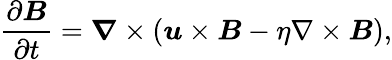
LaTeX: \frac{\partial\boldsymbol{B}}{\partial t}=\boldsymbol{\nabla}\times(\boldsymbol{u}\times\boldsymbol{B}-\eta\nabla\times\boldsymbol{B}),